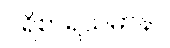
ပရိစာရယမာနာ